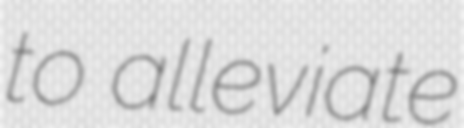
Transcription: to alleviate